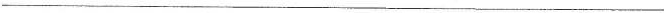
___